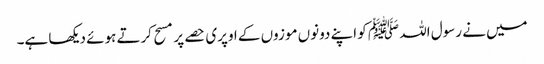
میں نے رسول اللہ ﷺ کو اپنے دونوں موزوں کے اوپری حصے پر مسح کرتے ہوئے دیکھا ہے۔